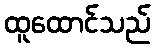
ထူထောင်သည်